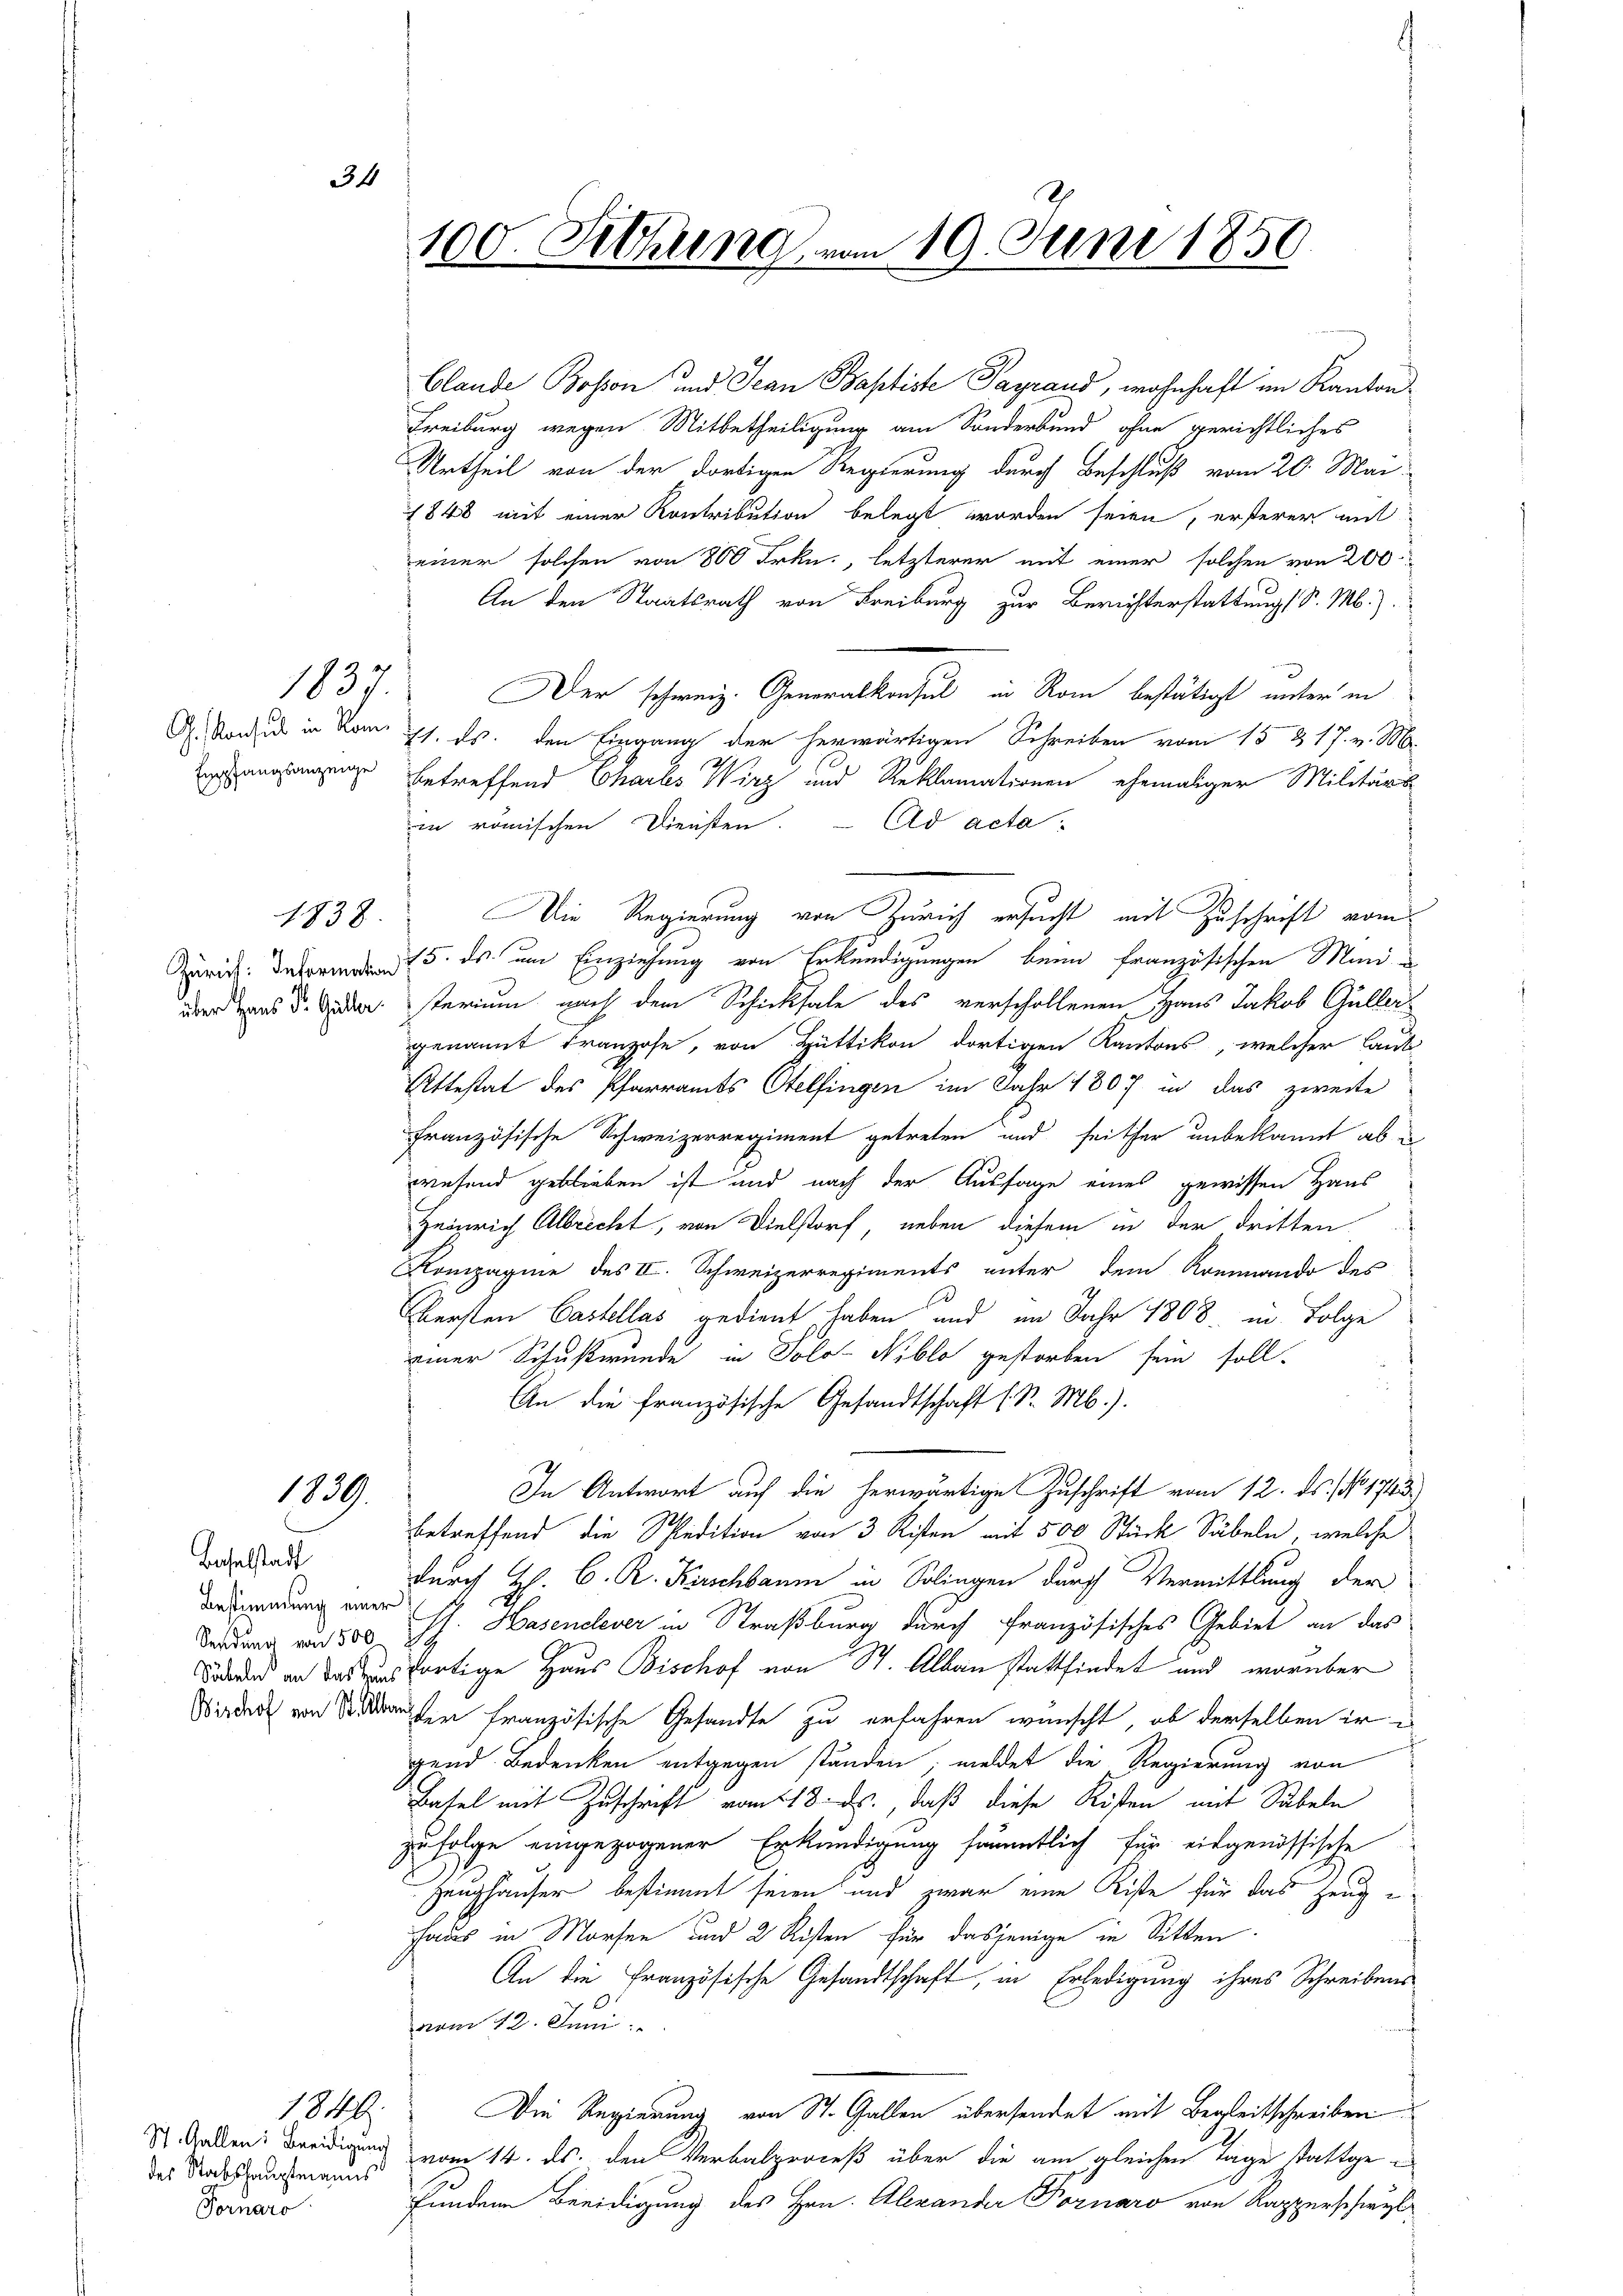
34

1837.

1838.

1839.

Baselstadt
Bestimmung einer

1844
des Stabshauptmanns
Fornaro

Clande Bosson und Jean Baptiste Payrand, wohnhaft im Kanton
Freiburg wegen Mitbetheiligung am Sonderbund ohne gerichtliches
Urtheil von der dortigen Regierung durch Beschluß vom 20. Mai
1848 mit einer Kontribution belegt worden seien, ersterer mit
einer solchen von 800 Frkn., letzterer mit einer solchen von 200
An den Staatsrath von Freiburg zur Berichterstattung Sr. M.).
Der schweiz. Generalkonsul in Rom bestätigt unter in
A. Konsuls in Rom h. ds. den Eingang der herwärtigen Schreiben vom 15 & 17. v. M.
ann betreffend Chartes Wirz und Reklamationen ehemaliger Militärs
in römischen Diensten. - Ad acta
Die Regierung von Zürich ersucht mit Zuschrift vom
r 5. ds. um Einziehung von Erkundigungen beim Französischen Manie
über aus d. Guber sterium nach dem Schicksale des verschollenen Haus Jakob Güller
genannt Franzose, von Hüttikon dortigen Kantons, welcher laut
Attestat des Pfarramts Otelfingen im Jahr 1807 in das zweite
französische Schweizerregiment getreten und seither unbekannt ab u
wesend geblieben ist und nach der Aussage eines gewissen Haus
Heinrich Albrecht, von Dielstorf, neben diesem in der dritten
Kompagnie des II. Schweizerregiments unter dem Kommando des
Obersten Castellas gedient haben und im Jahr 1808. in Folge
einer Schußwunde in Solo- Niblo gestorben sein soll.
An die französische Gesandtschaft (S. M.).
In Antwort auf die herwärtige Zuschrift vom 12. ds. (Nr. 1743.
betreffend die Spedition von 3 Risten mit 500 Stück Säbeln, welche
durch H. C. R. Kirschbaum in Solingen durch Vermittlung der
Dirdung von 500 Pf. Hasendever in Straßburg durch französisches Gebiet an das
Sibend an das aus fortige Haus Bischof von St. Albau stattfindet und worüber
Wieder von Seiten französische Gesandte zu erfahren wünscht, ob derselben ir
gend Bedenken entgegen ständen, meldet die Regierung von
Basel mit Zuschrift vom 18. ds., daß diese Kisten mit Sabeln
zufolge eingezogener Erkundigung sämmtlich für eidgenössische
Zeughäuser bestimmt seien und zwar eine Kiste für das Zeuge
Haus in Morfen und 2 Risten für dasjenige in Sitten
An die Französische Gesandtschaft, in Erledigung ihres Schreibens
vom 12. Juni
Die Regierung von St. Gallen übersendet mit Begleitschreiben
St. Gallen: Beeidigung vom 14. ds. den Verbalproceß über die am gleichen Tage stattgefundene Beeidigung des Hrn. Alexander Fornaro von Kapperschwyl

100. Sitzung von 19. Juni 1850.